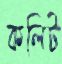
কলিট